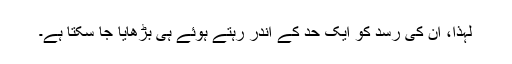
لہٰذا، ان کی رسد کو ایک حد کے اندر رہتے ہوئے ہی بڑھایا جا سکتا ہے۔